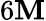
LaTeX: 6\mathbf{M}